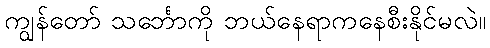
ကျွန်တော် သင်္ဘောကို ဘယ်နေရာကနေစီးနိုင်မလဲ။